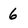
Character: 6